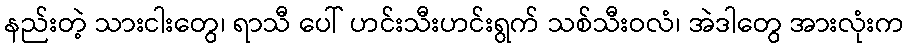
နည်းတဲ့ သားငါးတွေ၊ ရာသီ ပေါ် ဟင်းသီးဟင်းရွက် သစ်သီးဝလံ၊ အဲဒါတွေ အားလုံးက